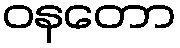
ဝနတော